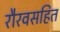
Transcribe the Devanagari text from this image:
रौरवसहित